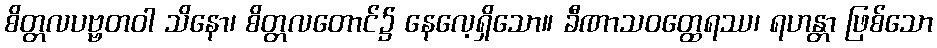
စိတ္တလပဗ္ဗတဝါ သိနော၊ စိတ္တလတောင်၌ နေလေ့ရှိသော။ ခီဏာသဝတ္ထေရဿ၊ ရဟန္တာ ဖြစ်သော